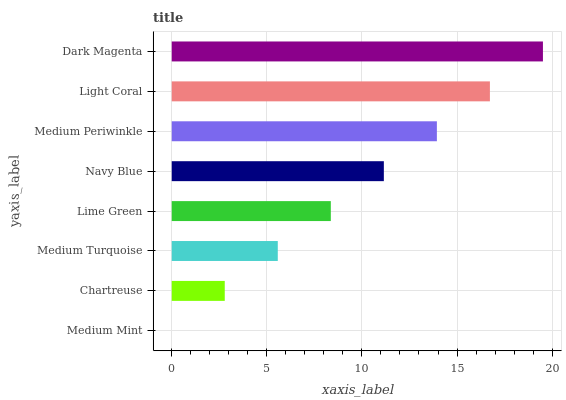
| yaxis_label | bars |
 | --- | --- |
 | Medium Mint | 0 |
 | Chartreuse | 2.79 |
 | Medium Turquoise | 5.58 |
 | Lime Green | 8.36 |
 | Navy Blue | 11.2 |
 | Medium Periwinkle | 13.9 |
 | Light Coral | 16.7 |
 | Dark Magenta | 19.5 |